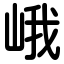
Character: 峨